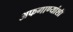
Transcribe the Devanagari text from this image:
अफगाण्यांशी